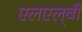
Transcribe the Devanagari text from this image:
एलएल्‌बी